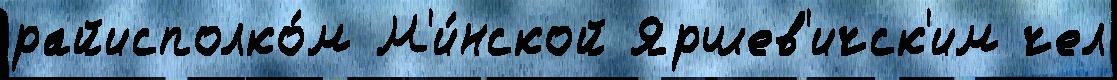
райисполко́м М'и́нской Яршев'ичск'им чел